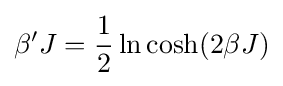
\beta 'J={\frac {1}{2}}\ln \cosh(2\beta J)